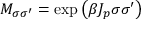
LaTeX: M _ { \sigma \sigma ^ { \prime } } = \exp \left( \beta J _ { p } \sigma \sigma ^ { \prime } \right)